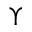
\Upsilon